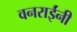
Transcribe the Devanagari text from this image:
वनराईंनी